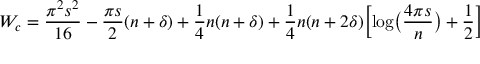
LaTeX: W _ { c } = { \frac { \pi ^ { 2 } s ^ { 2 } } { 1 6 } } - { \frac { \pi s } { 2 } } ( n + \delta ) + { \frac { 1 } { 4 } } n ( n + \delta ) + { \frac { 1 } { 4 } } n ( n + 2 \delta ) \Bigl [ \log \bigl ( { \frac { 4 \pi s } { n } } \bigr ) + { \frac { 1 } { 2 } } \Bigr ]